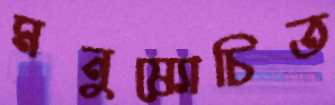
মনুষ্যোচিত